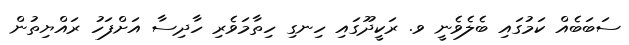
ސަބަބެއް ކަމުގައި ބެލެވެނީ ވ. ރަކީދޫގައި ހިނގި ހިތާމަވެރި ހާދިސާ އަށްފަހު ރައްޔިތުން